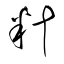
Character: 籵